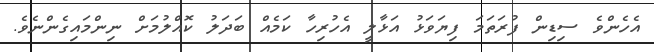
އެހެންވެ ސިޑިން ފުރަތަމަ ފިޔަވަޅު އަޅާލީ އެހުރިހާ ކަމެއް ބަދަލު ކޮއްލުމަށް ނިންމައިގެންނެވެ.